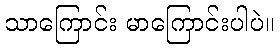
သာကြောင်း မာကြောင်းပါပဲ။